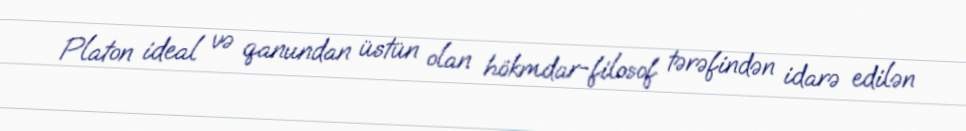
Platon ideal və qanundan üstün olan hökmdar-filosof tərəfindən idarə edilən